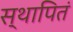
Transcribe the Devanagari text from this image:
स्थापितं